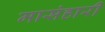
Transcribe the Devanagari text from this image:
मासंहारी